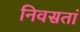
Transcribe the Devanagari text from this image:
निवसतां